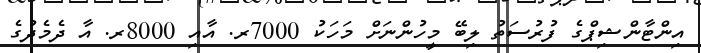
އިންޓާންޝިޕްގެ ފުރުސަތު ލިބޭ މީހުންނަށް މަހަކު 7000ރ. އާއި 8000ރ. އާ ދެމެދުގެ